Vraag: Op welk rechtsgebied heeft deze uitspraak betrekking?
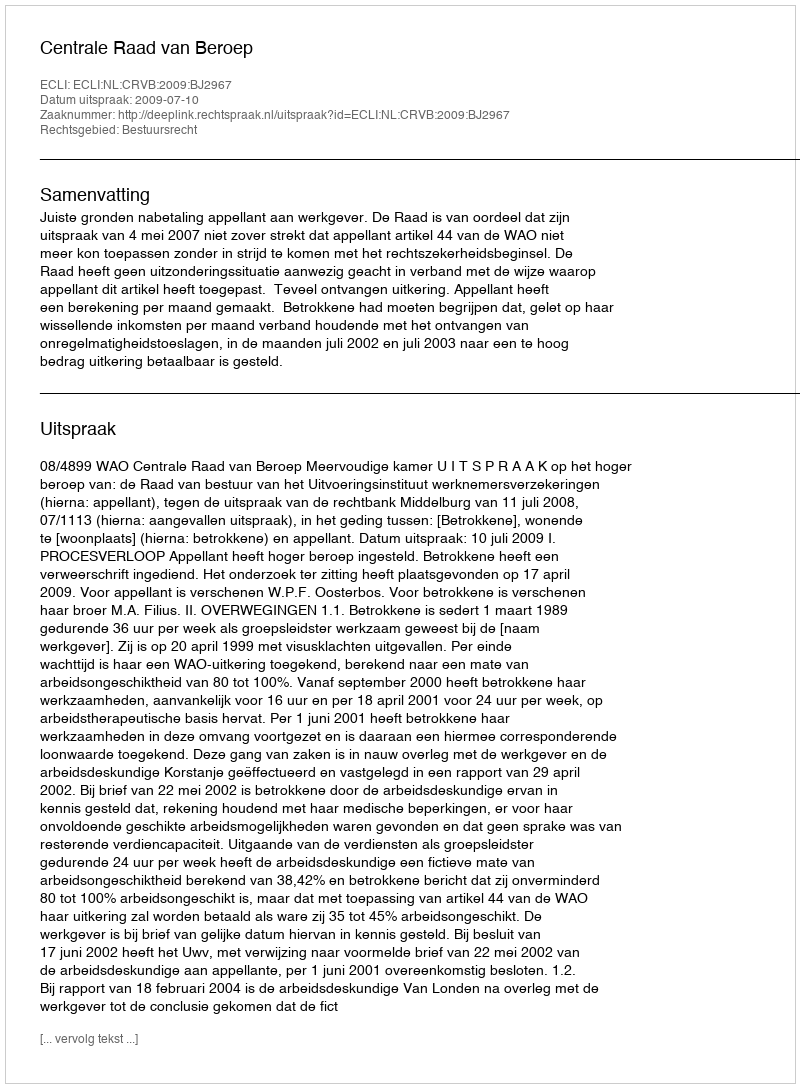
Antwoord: Bestuursrecht